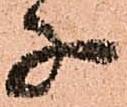
子